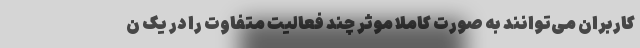
کاربران می‌توانند به صورت کاملا موثر چند فعالیت متفاوت را در یک ن